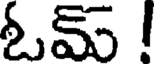
ఓమ్ !